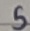
Text: 5